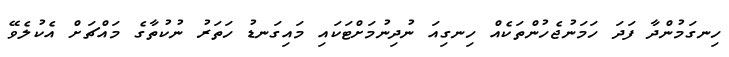
ހިނގަމުންދާ ފަދަ ހަމަނުޖެހުންތަކެއް ހިނގިއަ ނުދިނުމަށްޓަކައި މައިގަނޑު ހަތަރު ނުކުތާގެ މައްޗަށް އެކުލެވޭ